Civil Veterinary Dept. Bombay admin report 1932-41 - 1932-1941
Year: 1932
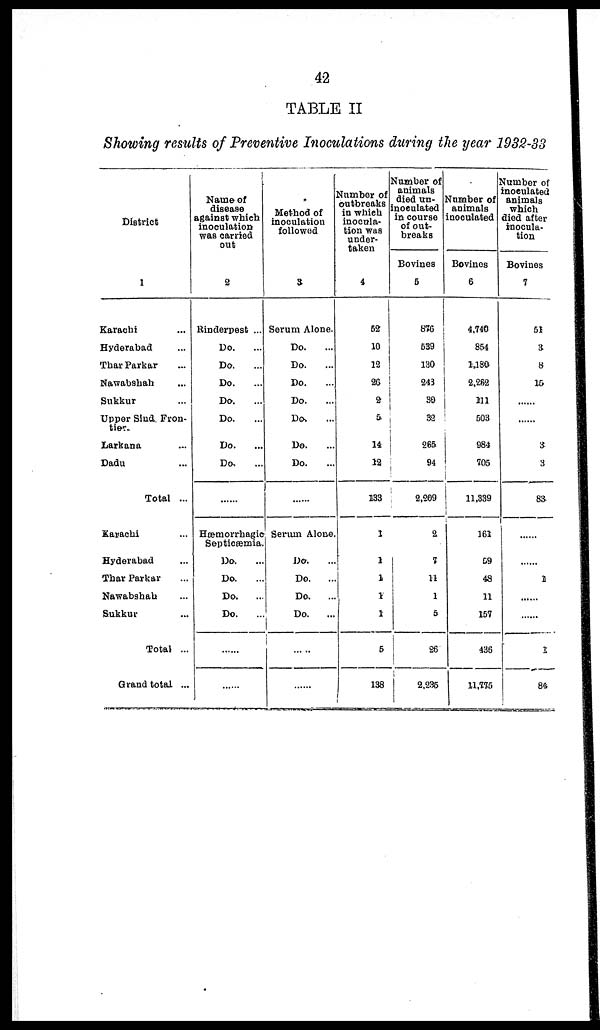
42
TABLE II
Showing results of Preventive Inoculations during the year 1932-33
District
1
Karachi ...
Hyderabad …
Thar Parkar ...
Nawabshah ...
Sukkur ...
Upper Sind. Fron-
tier.
Larkana ...
Dadu ...
Total ...
Karachi ...
Hyderabad …
Thar Parkar ...
Nawabshah ...
Sukkur ...
Total ...
Grand total ...
Name of
disease
against which
inoculation
was carried
out
2
Rinderpest ...
Do. ...
Do. …
Do. …
Do. …
Do. …
Do. …
Do. ...
……
Hemorrhagic
Septicæmia.
Do. …
Do. …
Do. …
Do. …
……
……
Method of
inoculation
followed
3
Serum Alone.
Do. …
Do. …
Do. …
Do. …
Do. ...
Do. …
Do. …
……
Serum Alone.
Do. …
Do.
...
Do.
...
Do. …
……
Number of
outbreaks
in which
inocula-
tion was
under-
taken
4
52
10
12
26
2
5
14
12
133
1
1
1
1
1
5
138
Number of
animals
died un-
inoculated
in course
of out-
breaks
Bovines
5
876
639
130
243
30
32
265
94
2,209
2
7
11
1
5
26
2,235
Number of
animals
inoculated
Bovines
6
4,740
854
1,180
2,282
211
503
984
705
11,339
161
69
48
11
157
436
11,775
Number of
inoculated
animals
which
died after
inocula-
tion
Bovines
7
51
3
8
15
……
……
3
3
83
……
……
1
……
……
2
84